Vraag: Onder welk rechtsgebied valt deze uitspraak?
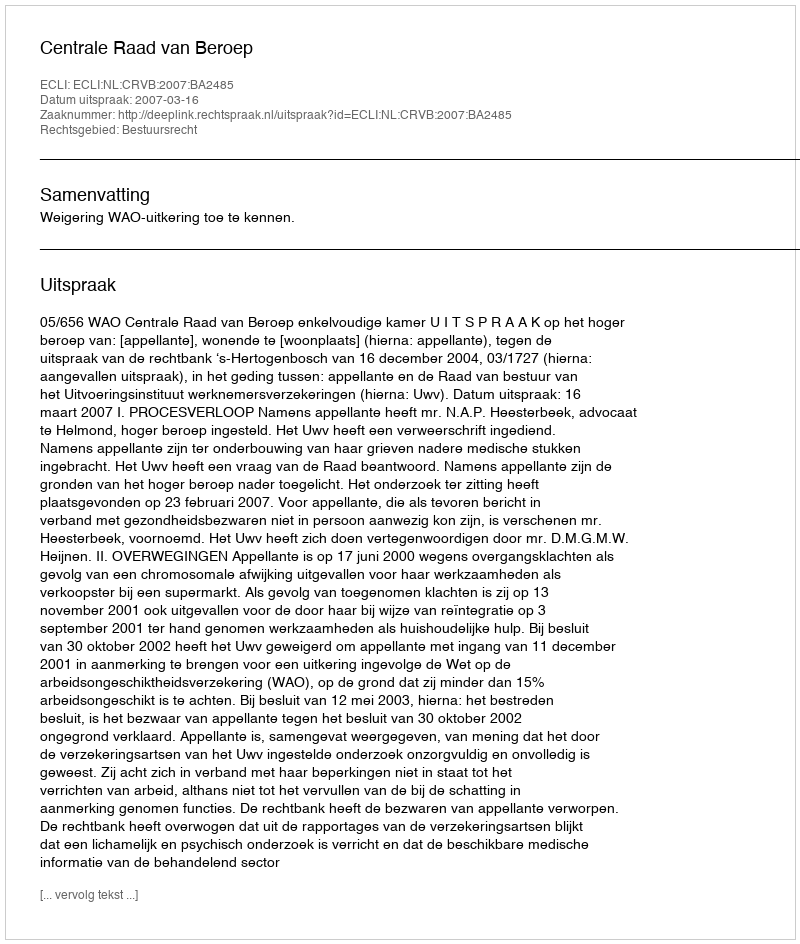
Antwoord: Bestuursrecht